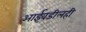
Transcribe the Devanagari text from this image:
आईवडीलही